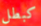
كبطل